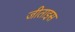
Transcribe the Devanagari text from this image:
जीताइस